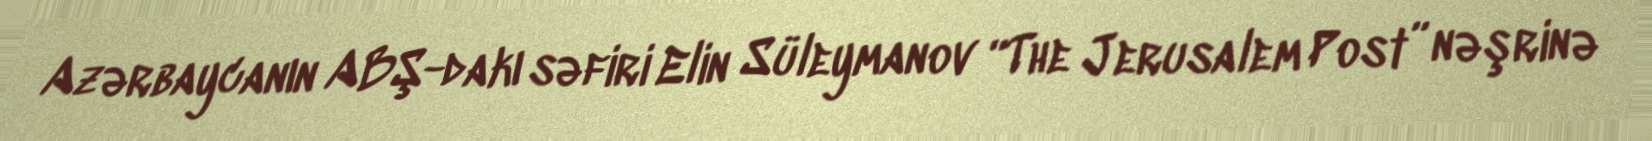
Azərbaycanın ABŞ-dakı səfiri Elin Süleymanov “The Jerusalem Post” nəşrinə